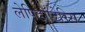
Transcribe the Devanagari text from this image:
लेपिडॉप्टेरिस